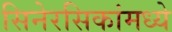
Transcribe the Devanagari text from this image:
सिनेरसिकांमध्ये